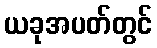
ယခုအပတ်တွင်